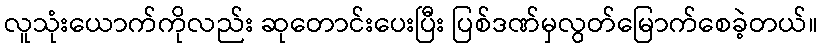
လူသုံးယောက်ကိုလည်း ဆုတောင်းပေးပြီး ပြစ်ဒဏ်မှလွတ်မြောက်စေခဲ့တယ်။